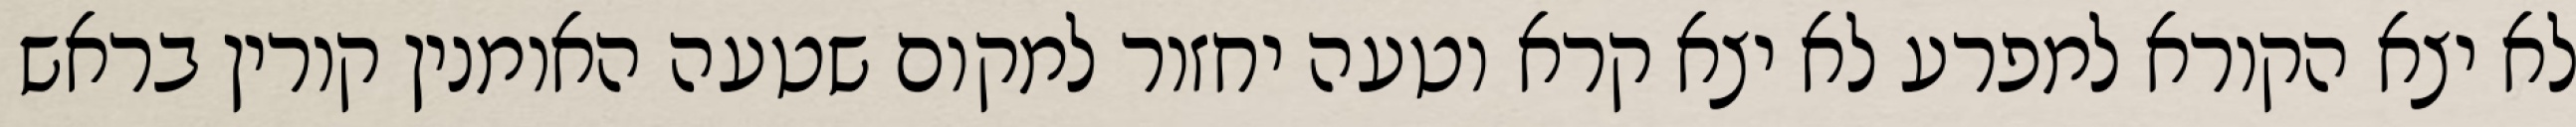
לא יצא הקורא למפרע לא יצא קרא וטעה יחזור למקום שטעה האומנין קורין בראש